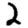
Digit: 2